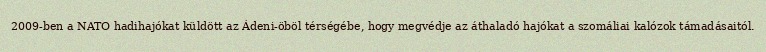
2009-ben a NATO hadihajókat küldött az Ádeni-öböl térségébe, hogy megvédje az áthaladó hajókat a szomáliai kalózok támadásaitól.